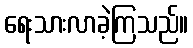
ရေးသားလာခဲ့ကြသည်။